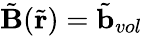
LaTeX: \tilde{\mathbf{B}}(\tilde{\mathbf{r}})=\tilde{\mathbf{b}}_{vol}